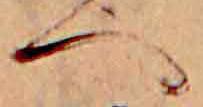
へ